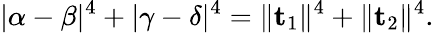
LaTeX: \lvert\alpha-\beta\rvert^{4}+\lvert\gamma-\delta\rvert^{4}=\lVert\mathbf{t}_{1}\rVert^{4}+\lVert\mathbf{t}_{2}\rVert^{4}.